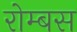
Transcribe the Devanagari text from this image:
रोम्बस